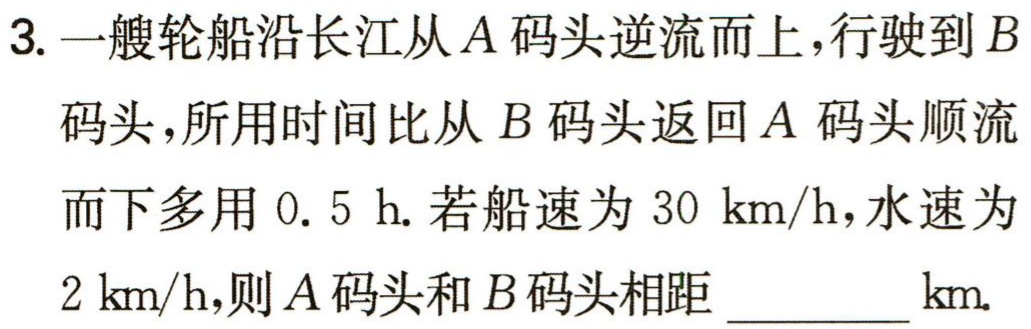
3. 一艘轮船沿长江从\(A\)码头逆流而上，行驶到\(B\)码头，所用时间比从\(B\)码头返回\(A\)码头顺流而下多用\(0.5\ h\). 若船速为\(30\ km/h\)，水速为\(2\ km/h\)，则\(A\)码头和\(B\)码头相距 \_\_\_\_\_ \(km\).